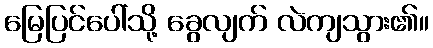
မြေပြင်ပေါ်သို့ ခွေလျက် လဲကျသွား၏။